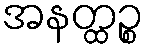
အနတ္ထဉ္စ